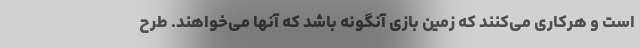
است و هرکاری می‌کنند که زمین بازی آنگونه باشد که آنها می‌خواهند. طرح